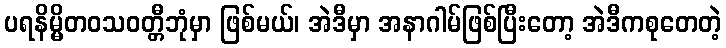
ပရနိမ္မိတဝသဝတ္တီဘုံမှာ ဖြစ်မယ်၊ အဲဒီမှာ အနာဂါမ်ဖြစ်ပြီးတော့ အဲဒီကစုတေတဲ့